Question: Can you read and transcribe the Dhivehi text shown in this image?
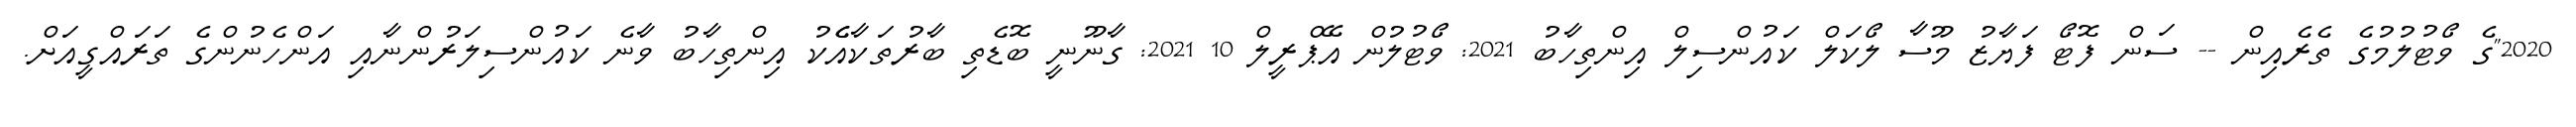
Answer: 2020"ގެ ވޯޓުލުމުގެ ތެރެއިން -- ސަން ފޮޓޯ ފަޔާޒު މޫސާ ލޯކަލް ކައުންސިލް އިންތިހާބު 2021: ވޯޓުލުން އޭޕްރީލް 10 2021: ގާނޫނީ ބޮޑެތި ބާރުތަކާއެެކު އިންތިހާބު ވާނެ ކައުންސިލަރުންނާއި އަންހެނުންގެ ތަރައްގީއަށް.